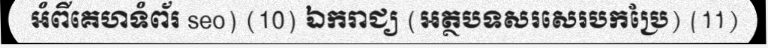
អំពីគេហទំព័រ seo) (10) ឯករាជ្យ (អត្ថបទសរសេរបកប្រែ) (11)